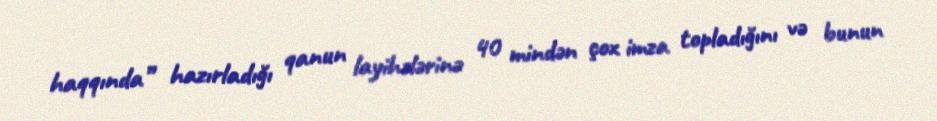
haqqında” hazırladığı qanun layihələrinə 40 mindən çox imza topladığını və bunun